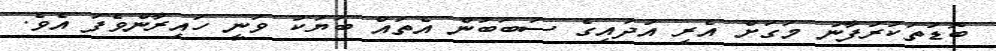
ބޮޑުތަކުރުފާނު މަގަށް އެރި އުދައިގެ ސަބަބުން އެތައް ބަޔަކު ވަނީ ހައިރާންވެފަ އެވެ.